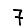
Digit: 7